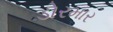
ડોરમાર